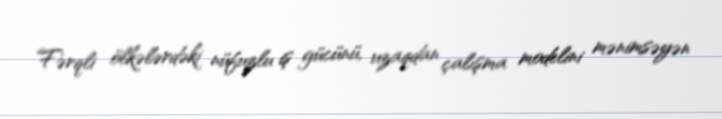
Fərqli ölkələrdəki nüfuzlu iş gücünü, uzaqdan çalışma modelini mənimsəyən